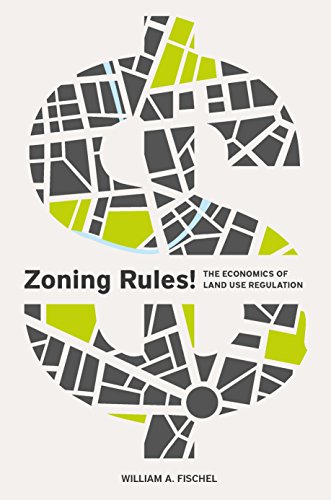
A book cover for Zoning Rules!: The Economics of Land Use Regulation; William A. Fischel; Politics & Social Sciences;